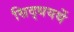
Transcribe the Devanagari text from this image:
सिद्धयर्थे